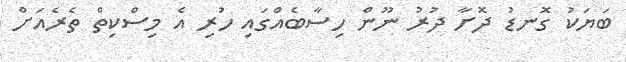
ބަޔަކު ގޮނޑު ދޮށާ ދުރު ނޫން ހިސާބެއްގައި ހުރި އެ މިސްކިތް ތެރެއަށް